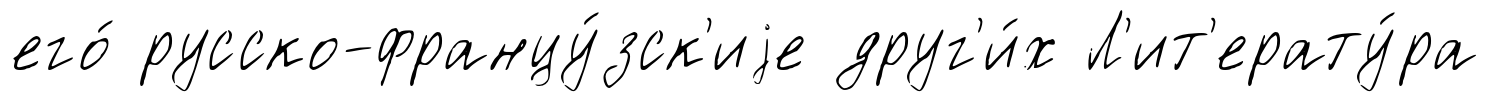
его́ русско-францу́зск'иjе друг'и́х Л'ит'ерату́ра